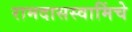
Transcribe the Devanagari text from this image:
रामदासस्वामिंचे